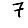
Digit: 7